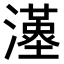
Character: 𤁉